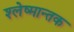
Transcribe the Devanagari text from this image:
श्‍लेष्मान्तक